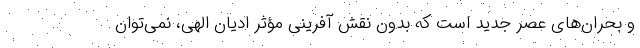
و بحران‌های عصر جدید است که بدون نقش آفرینی مؤثر ادیان الهی، نمی‌توان